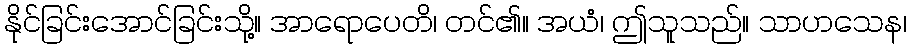
နိုင်ခြင်းအောင်ခြင်းသို့။ အာရောပေတိ၊ တင်၏။ အယံ၊ ဤသူသည်။ သာဟသေန၊